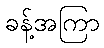
ခန့်အကြာ